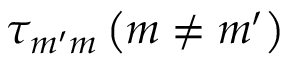
\tau _ { m ^ { \prime } m } \left( m \neq m ^ { \prime } \right)